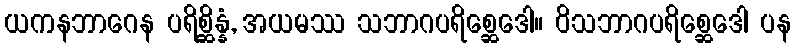
ယကနဘာဂေန ပရိစ္ဆိန္နံ, အယမဿ သဘာဂပရိစ္ဆေဒေါ။ ဝိသဘာဂပရိစ္ဆေဒေါ ပန